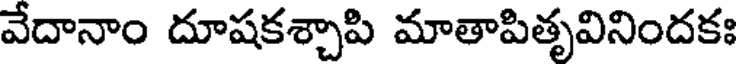
వేదానాం దూషకశ్చాపి మాతాపితృవినిందకః